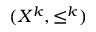
( X ^ { k } , \leq ^ { k } )